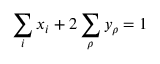
\sum _ { i } x _ { i } + 2 \sum _ { \rho } y _ { \rho } = 1